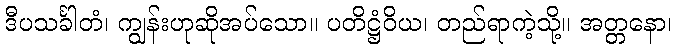
ဒီပသင်္ခါတံ၊ ကျွန်းဟုဆိုအပ်သော။ ပတိဋ္ဌံဝိယ၊ တည်ရာကဲ့သို့။ အတ္တနော၊